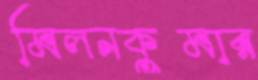
মিলনকুমার